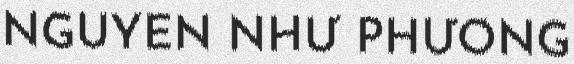
NGUYỄN NHỮ PHƯƠNG